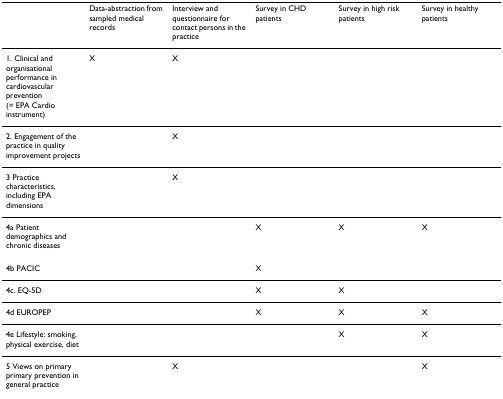
<table><thead><tr><td></td><td><b>Data-abstraction from sampled medical records</b></td><td><b>Interview and questionnaire for contact persons in the practice</b></td><td><b>Survey in CHD patients</b></td><td><b>Survey in high risk patients</b></td><td><b>Survey in healthy patients</b></td></tr></thead><tbody><tr><td>1. Clinical and organisational performance in cardiovascular prevention (= EPA Cardio instrument)</td><td>X</td><td>X</td><td></td><td></td><td></td></tr><tr><td>2. Engagement of the practice in quality improvement projects</td><td></td><td>X</td><td></td><td></td><td></td></tr><tr><td>3 Practice characteristics, including EPA dimensions</td><td></td><td>X</td><td></td><td></td><td></td></tr><tr><td>4a Patient demographics and chronic diseases</td><td></td><td></td><td>X</td><td>X</td><td>X</td></tr><tr><td>4b PACIC</td><td></td><td></td><td>X</td><td></td><td></td></tr><tr><td>4c. EQ-5D</td><td></td><td></td><td>X</td><td>X</td><td></td></tr><tr><td>4d EUROPEP</td><td></td><td></td><td>X</td><td>X</td><td>X</td></tr><tr><td>4e Lifestyle: smoking, physical exercise, diet</td><td></td><td></td><td></td><td>X</td><td>X</td></tr><tr><td>5 Views on primary primary prevention in general practice</td><td></td><td>X</td><td></td><td></td><td>X</td></tr></tbody></table>